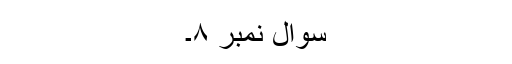
سوال نمبر ۸۔